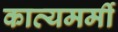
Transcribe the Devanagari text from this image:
काव्यमर्मी